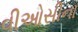
વીઓસીના